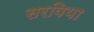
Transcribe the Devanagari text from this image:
सरविया